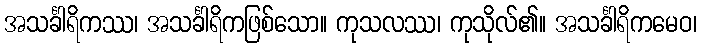
အသင်္ခါရိကဿ၊ အသင်္ခါရိကဖြစ်သော။ ကုသလဿ၊ ကုသိုလ်၏။ အသင်္ခါရိကမေဝ၊